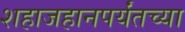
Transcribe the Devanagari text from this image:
शहाजहानपर्यंतच्या